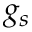
g _ { s }